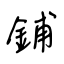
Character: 鋪